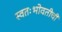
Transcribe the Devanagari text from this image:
स्वतःभोवतीची